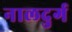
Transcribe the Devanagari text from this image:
नालदुर्ग